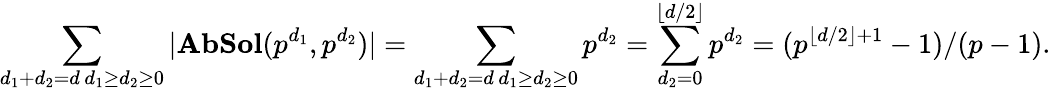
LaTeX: \sum_{\substack{d_{1}+d_{2}=d\, d_{1}\geq d_{2}\geq 0}}|\mathbf{AbSol}(p^{d_{1}},p^{d_{2}})|=\sum_{\substack{d_{1}+d_{2}=d\, d_{1}\geq d_{2}\geq 0}}p^{d_{2}}=\sum_{d_{2}=0}^{\lfloor d/2\rfloor}p^{d_{2}}=(p^{\lfloor d/2\rfloor+1}-1)/(p-1).